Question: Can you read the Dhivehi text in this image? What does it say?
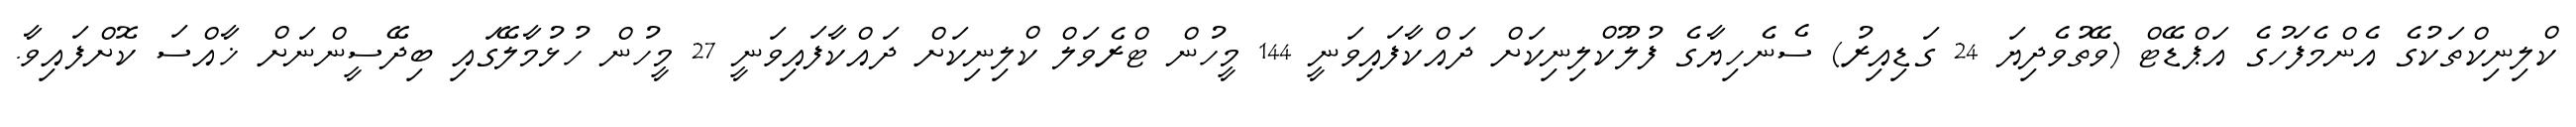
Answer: ކްލިނިކްތަކުގެ އެންމެފަހުގެ އަޕްޑޭޓް (ވޭތުވެދިޔަ 24 ގަޑިއިރު) ސެނެހިޔާގެ ފުލޫކްލިނިކަށް ދައްކާފައިވަނީ 144 މީހުން ޓްރެވަލް ކްލިނިކަށް ދައްކާފައިވަނީ 27 މީހުން ހުޅުމާލޭގައި ބިދޭސީންނަށް ޚާއްސަ ކޮށްފައިވާ.